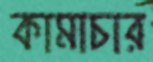
কামাচার